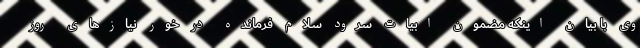
وی با بیان اینکه مضمون ابیات سرود سلام فرمانده در خور نیازهای روز